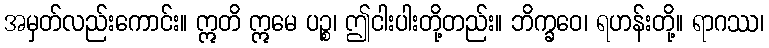
အမှတ်လည်းကောင်း။ ဣတိ ဣမေ ပဉ္စ၊ ဤငါးပါးတို့တည်း။ ဘိက္ခဝေ၊ ရဟန်းတို့။ ရာဂဿ၊